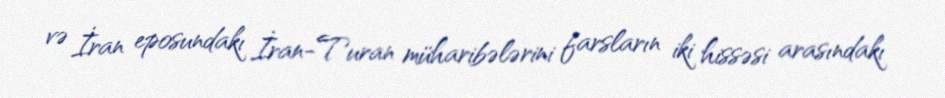
və İran eposundakı İran-Turan müharibələrini farsların iki hissəsi arasındakı